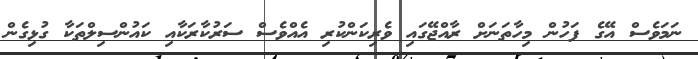
ނަމަވެސް އޭގެ ފަހުން މިހާތަނަށް ރާއްޖޭގައި ވެރިކަންކުރި އެއްވެސް ސަރުކާރަކާއި ކައުންސިލްތަކާ ގުޅިގެން